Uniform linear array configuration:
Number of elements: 8
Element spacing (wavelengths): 0.5
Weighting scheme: blackman
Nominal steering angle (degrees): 45
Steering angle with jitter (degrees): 44.736
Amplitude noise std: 0.05
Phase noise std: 0.05

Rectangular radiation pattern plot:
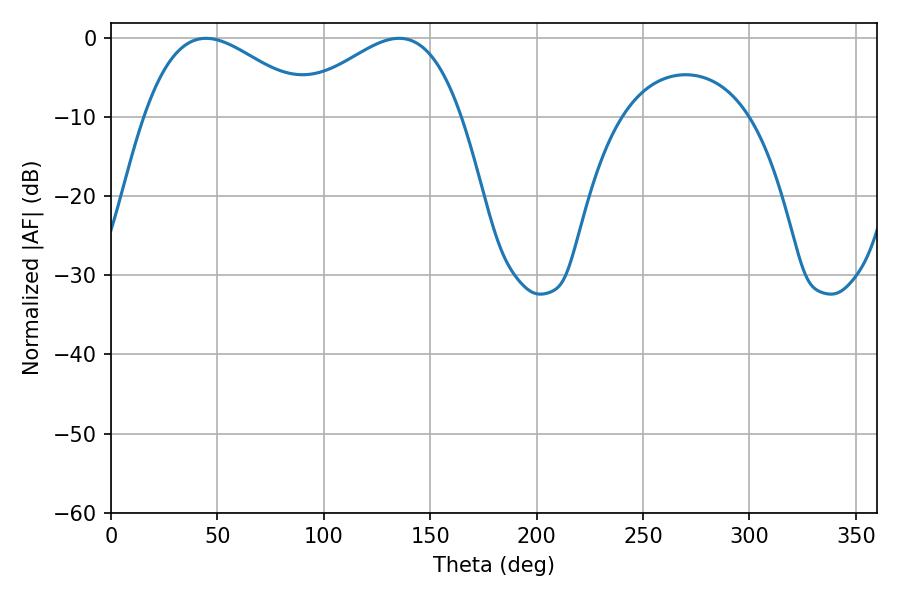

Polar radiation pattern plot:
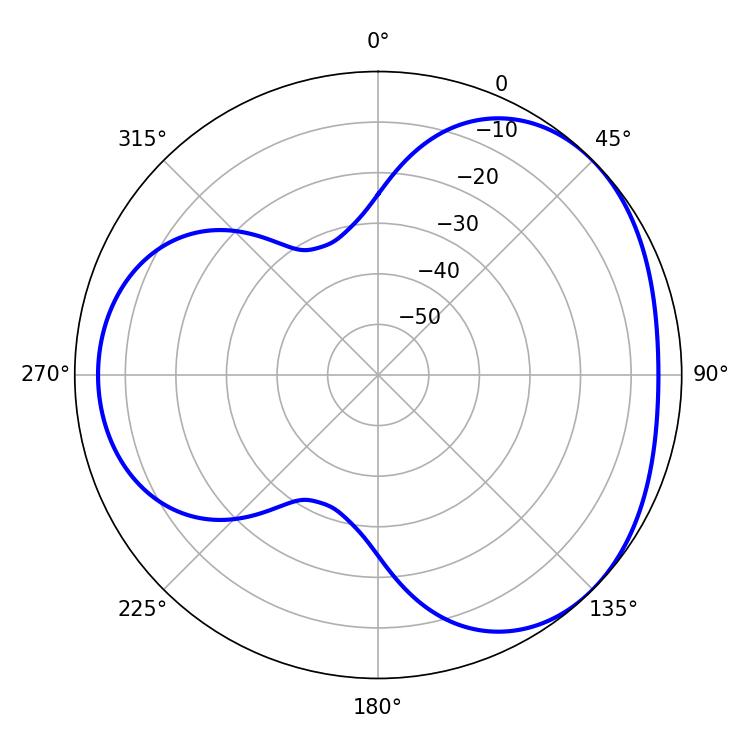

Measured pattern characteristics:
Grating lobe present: FALSE
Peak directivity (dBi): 3.4
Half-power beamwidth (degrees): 43.38
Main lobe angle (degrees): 44.64